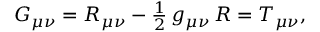
\begin{array} { r } { G _ { \mu \nu } = R _ { \mu \nu } - \frac { 1 } { 2 } \, g _ { \mu \nu } \, R = T _ { \mu \nu } , } \end{array}